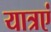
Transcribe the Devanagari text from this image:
यात्रएं